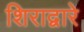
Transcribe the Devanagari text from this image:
शिराद्वारे